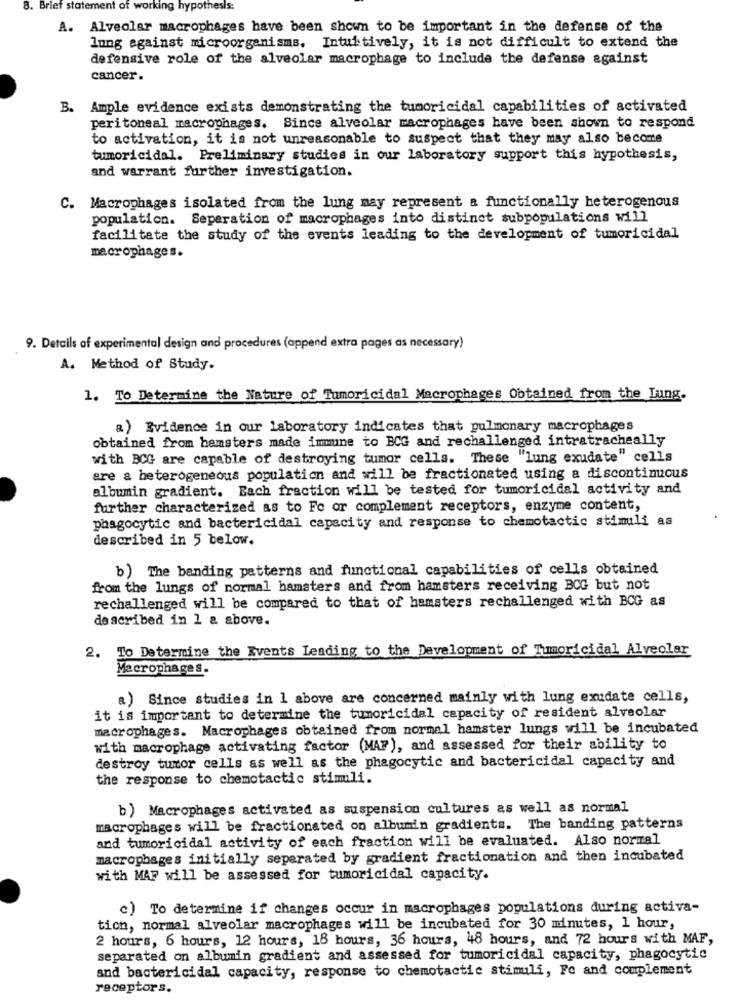
8. Brief statement of working hypothesis:
A. Alveolar macrophages have been shown to be important in the defense of the
lung against microorganisms. Intuitively, it is not difficult to extend the
defensive role of the alveolar macrophage to include the defense against
cancer.
B. Ample evidence exists demonstrating the tumoricidal capabilities of activated
peritoneal macrophages. Since alveolar macrophages have been shown to respond
to activation, it is not unreasonable to suspect that they may also become
tumoricidal. Preliminary studies in our laboratory support this hypothesis,
and warrant further investigation.
C. Macrophages isolated from the lung may represent a functionally heterogenous
population. Separation of macrophages into distinct subpopulations will
facilitate the study of the events leading to the development of tumoricidal
macrophages.
9. Details of experimental design and procedures (append extra pages as necessary)
A. Method of Study.
1. To Determine the Nature of Tumoricidal Macrophages Obtained from the Lung.
a) Evidence in our laboratory indicates that pulmonary macrophages
obtained from hamsters made immune to BCG and rechallenged intratracheally
with BCG are capable of destroying tumor cells. These "lung exudate" cells
are a heterogeneous population and will be fractionated using a discontinuous
albumin gradient. Each fraction will be tested for tumoricidal activity and
further characterized as to Fe or complement receptors, enzyme content,
phagocytic and bactericidal capacity and response to chemotactic stimili as
described in 5 below.
b) The banding patterns and functional capabilities of cells obtained
from the lungs of normal hamsters and from hamsters receiving BOG but not
rechallenged will be compared to that of hamsters rechallenged with BCG as
described in 1 a above.
2. To Determine the Events Leading to the Development of Tummoricidal Alveolar
Macrophages.
a) Since studies in 1 above are concerned mainly with lung exudate cells,
it is important to determine the tumoricidal capacity of resident alveolar
macrophages. Macrophages obtained from normal hamster lungs will be incubated
with macrophage activating factor (MAP), and assessed for their ability to
destroy tumor cells as well as the phagocytic and bactericidal capacity and
the response to chemotactic stimuli.
b) Macrophages activated as suspension cultures as well as normal
macrophages will be fractionated on albumin gradients. The banding patterns
and tumoricidal activity of each fraction will be evaluated. Also normal
macrophages initially separated by gradient fractionation and then incubated
with MAF will be assessed for tumoricidal capacity.
c) To determine if changes occur in macrophages populations during activa-
tion, normal alveolar macrophages will be incubated for 30 minutes, 1 hour,
2 hours, 6 hours, 12 hours, 18 hours, 36 hours, 48 hours, and 72 hours with MAF,
separated on albumin gradient and assessed for tumoricidal capacity, phagocytic
and bactericidal capacity, response to chemotactic stimuli, Fo and complement
receptors.